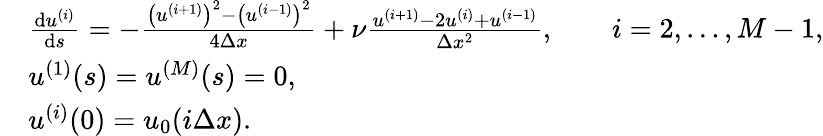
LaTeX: \begin{array}{rl}&{\frac{\mathrm{d}u^{(i)}}{\mathrm{d}s}=-\frac{\big(u^{(i+1)}\big)^{2}-\big(u^{(i-1)}\big)^{2}}{4\Delta x}+\nu\frac{u^{(i+1)}-2u^{(i)}+u^{(i-1)}}{\Delta x^{2}},\quad\quad i=2,\dots,M-1,}\\ &{u^{(1)}(s)=u^{(M)}(s)=0,}\\ &{u^{(i)}(0)=u_{0}(i\Delta x).}\end{array}